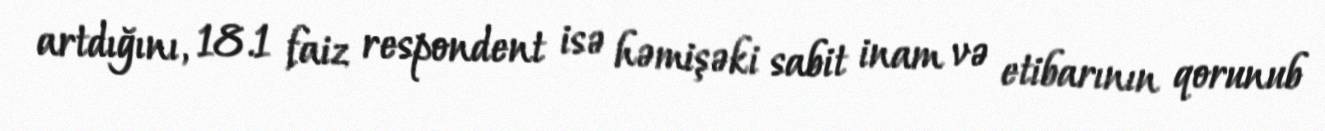
artdığını, 18.1 faiz respondent isə həmişəki sabit inam və etibarının qorunub